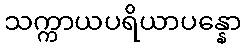
သက္ကာယပရိယာပန္နော